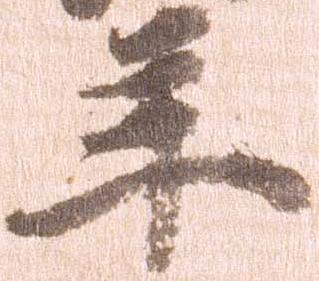
年